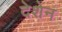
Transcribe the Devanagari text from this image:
देशेन